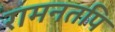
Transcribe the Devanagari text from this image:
रामनतपि